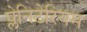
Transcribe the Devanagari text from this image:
प्लेनिटेरियम